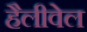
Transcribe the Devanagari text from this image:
हैलीवेल